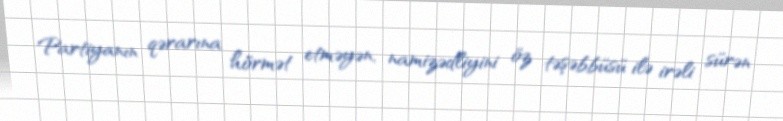
Partiyanın qərarına hörmət etməyən, namizədliyini öz təşəbbüsü ilə irəli sürən